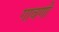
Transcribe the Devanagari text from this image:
गावणी